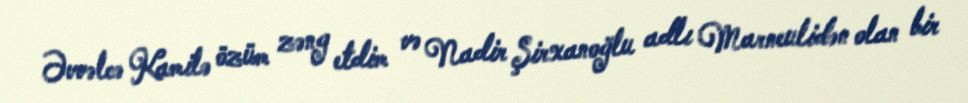
Əvvəlcə Kamilə özüm zəng etdim və Nadir Şirxanoğlu adlı Marneulidən olan bir